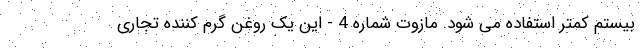
بیستم کمتر استفاده می شود. مازوت شماره 4 - این یک روغن گرم کننده تجاری